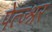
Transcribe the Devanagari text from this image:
पेत्ज्श्नर